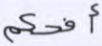
أفحكم